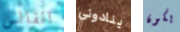
الفالس ينادوني يكون